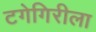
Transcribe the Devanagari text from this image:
टगेगिरीला